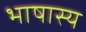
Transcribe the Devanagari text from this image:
भाषास्य